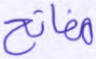
مفاتح